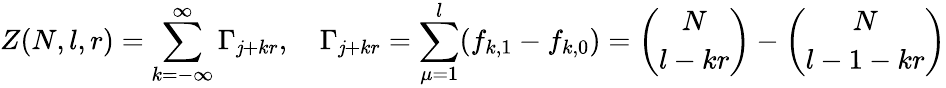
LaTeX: Z(N,l,r)=\sum_{k=-\infty}^{\infty}\Gamma_{\mathit{j}+kr},\quad\Gamma_{\mathit{j}+kr}=\sum_{\mu=1}^{l}(f_{k,1}-f_{k,0})={\binom{N}{l-kr}}-{\binom{N}{l-1-kr}}